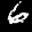
Label: 6